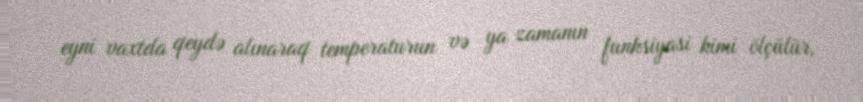
eyni vaxtda qeydə alınaraq temperaturun və ya zamanın funksiyasi kimi ölçülür,